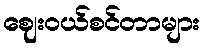
ဈေးဝယ်စင်တာများ